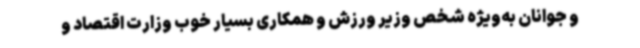
و جوانان به‌ویژه شخص وزیر ورزش و همکاری بسیار خوب وزارت اقتصاد و